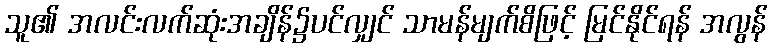
သူ၏ အလင်းလက်ဆုံးအချိန်၌ပင်လျှင် သာမန်မျက်စိဖြင့် မြင်နိုင်ရန် အလွန်